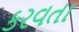
કરવતા